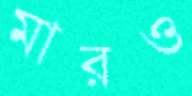
মারও